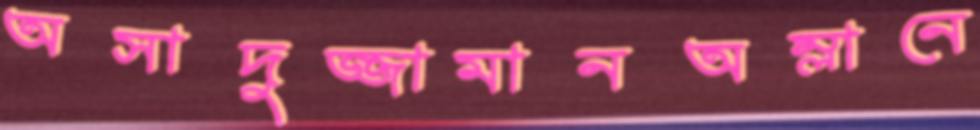
অসাদুজ্জামানঅম্লানে